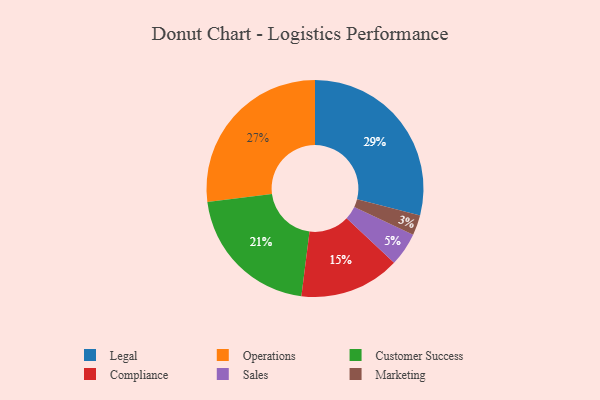
{"axis": {"x": "Category", "y": "Percentage"}, "legend": ["Compliance", "Customer Success", "Legal", "Marketing", "Operations", "Sales"], "data": [{"x": "Marketing", "y": 3, "type": "Marketing"}, {"x": "Operations", "y": 27, "type": "Operations"}, {"x": "Legal", "y": 29, "type": "Legal"}, {"x": "Customer Success", "y": 21, "type": "Customer Success"}, {"x": "Compliance", "y": 15, "type": "Compliance"}, {"x": "Sales", "y": 5, "type": "Sales"}]}